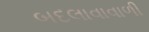
બદલાવાવાળી